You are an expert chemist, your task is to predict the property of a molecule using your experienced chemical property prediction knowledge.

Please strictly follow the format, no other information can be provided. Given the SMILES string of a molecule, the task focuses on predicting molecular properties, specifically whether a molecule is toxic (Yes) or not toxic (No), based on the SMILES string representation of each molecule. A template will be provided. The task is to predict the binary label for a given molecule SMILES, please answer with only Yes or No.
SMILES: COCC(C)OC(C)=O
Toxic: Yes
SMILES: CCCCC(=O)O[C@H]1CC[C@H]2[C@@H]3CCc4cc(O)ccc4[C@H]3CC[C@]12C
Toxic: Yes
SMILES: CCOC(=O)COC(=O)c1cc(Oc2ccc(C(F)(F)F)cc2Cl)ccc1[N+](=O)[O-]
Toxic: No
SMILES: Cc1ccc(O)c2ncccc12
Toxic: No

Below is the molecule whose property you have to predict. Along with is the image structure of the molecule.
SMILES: CC(C)CCCC(C)(C)O
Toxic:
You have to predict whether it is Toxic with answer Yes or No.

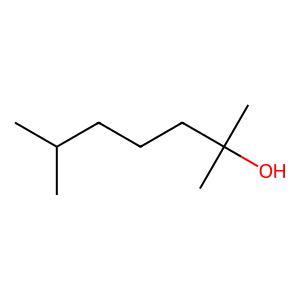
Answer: No